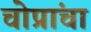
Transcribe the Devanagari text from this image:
चोप्रांचा